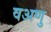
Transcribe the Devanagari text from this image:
वअणु